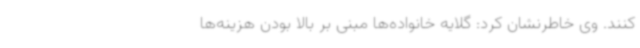
کنند. وی خاطرنشان کرد: گلایه خانواده‌ها مبنی بر بالا بودن هزینه‌ها